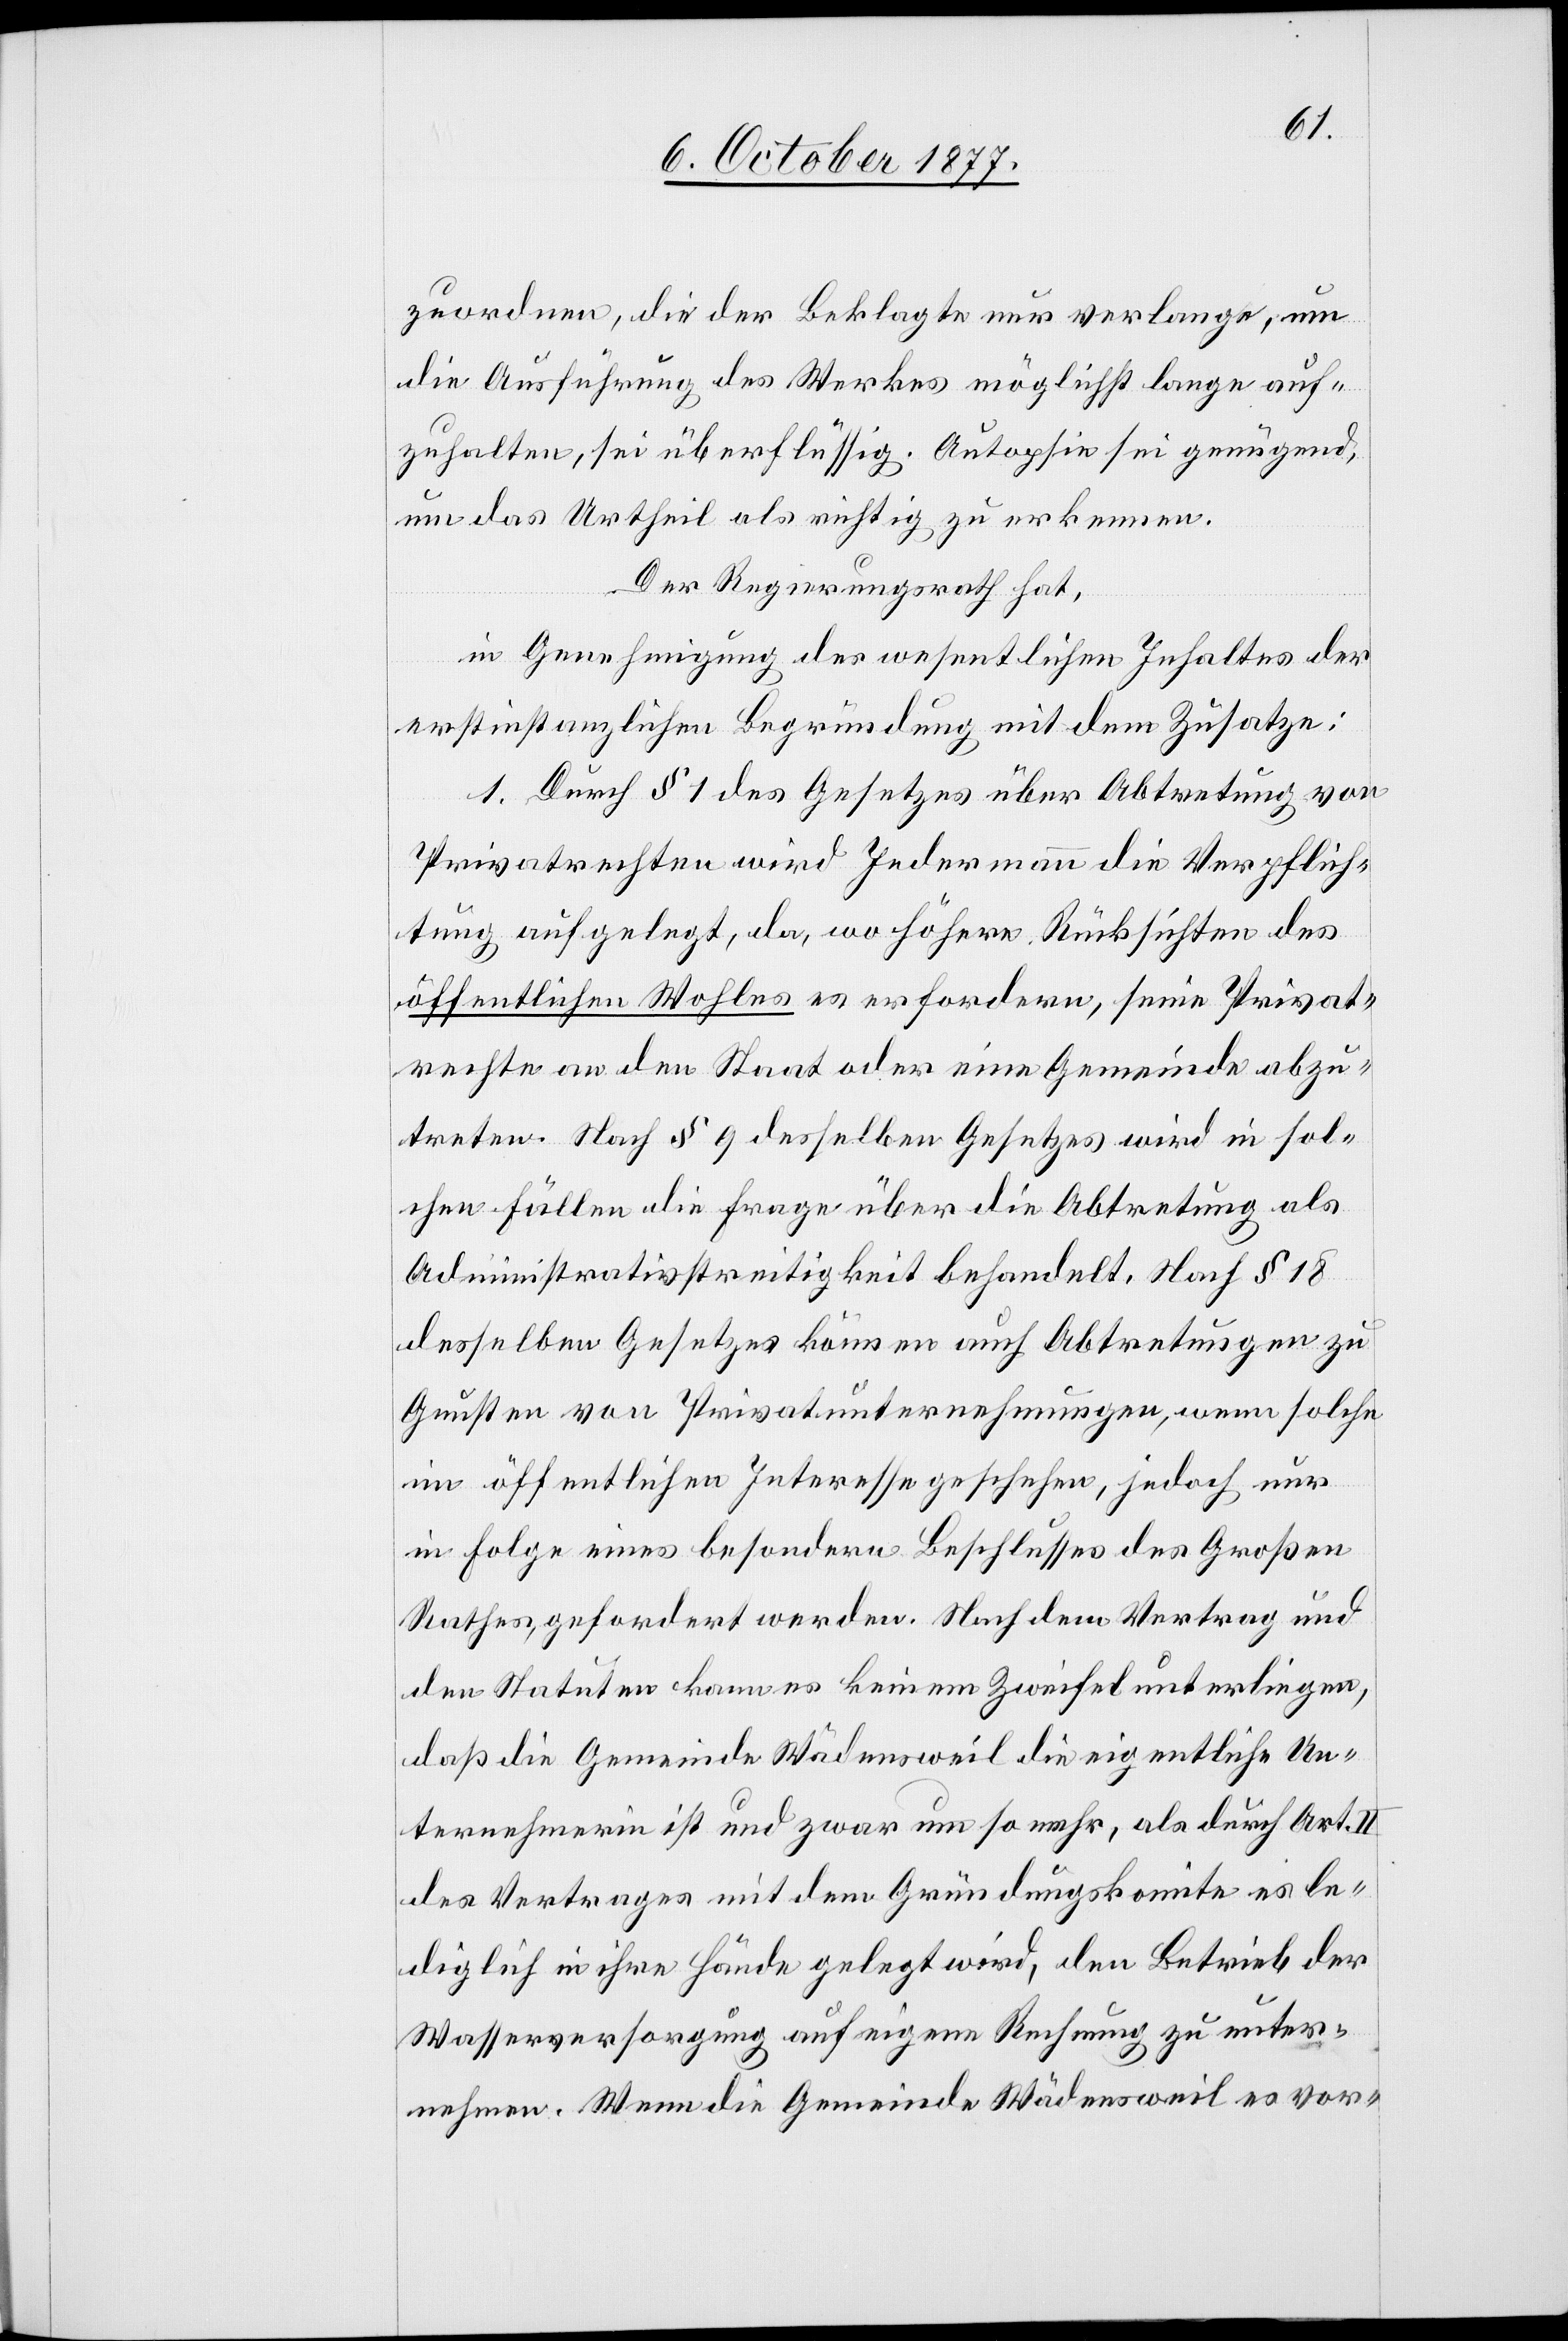
zuordnen, die der Beklagte nur verlange, um
die Ausführung des Werkes möglichst lange auf¬
zuhalten, sei überflüssig. Autopsie sei genügend,
um das Urtheil als richtig zu erkennen.
Der Regierungsrath hat,
in Genehmigung des wesentlichen Inhaltes der
erstinstanzlichen Begründung mit dem Zusatze:
1. Durch § 1 des Gesetzes über Abtretung von
Privatrechten wird Jedermann die Verpflich¬
tung aufgelegt, da, wo höhere Rücksichten des
öffentlichen Wohles es erfordern, seine Privat¬
rechte an den Staat oder eine Gemeinde abzu¬
treten. Nach § 9 desselben Gesetzes wird in sol¬
chen Fällen die Frage über die Abtretung als
Administrativstreitigkeit behandelt. Nach § 18
desselben Gesetzes können auch Abtretungen zu
Gunsten von Privatunternehmungen, wenn solche
im öffentlichen Interesse geschehen, jedoch nur
in Folge eines besondern Beschlusses des Großen
Rathes, gefordert werden. Nach dem Vertrag und
den Statuten kann es keinem Zweifel unterliegen,
daß die Gemeinde Wädensweil die eigentliche Un¬
ternehmerin ist und zwar um so mehr, als durch Art. II
des Vertrages mit dem Gründungskomite es le¬
diglich in ihre Hände gelegt wird, den Betrieb der
Wasserversorgung auf eigene Rechnung zu unter¬
nehmen. Wenn die Gemeinde Wädensweil es vor-